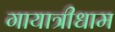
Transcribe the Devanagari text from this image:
गायात्रीधाम